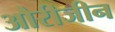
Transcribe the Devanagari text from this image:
औरीजीन